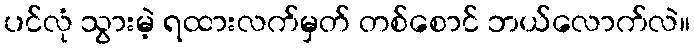
ပင်လုံ သွားမဲ့ ရထားလက်မှတ် တစ်စောင် ဘယ်လောက်လဲ။